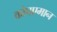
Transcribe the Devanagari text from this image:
कोपएमान